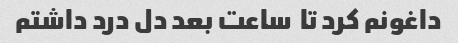
داغونم کرد تا  ساعت بعد دل درد داشتم